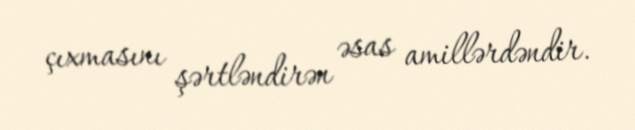
çıxmasını şərtləndirən əsas amillərdəndir.